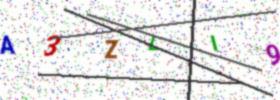
Text: A3ZLI9